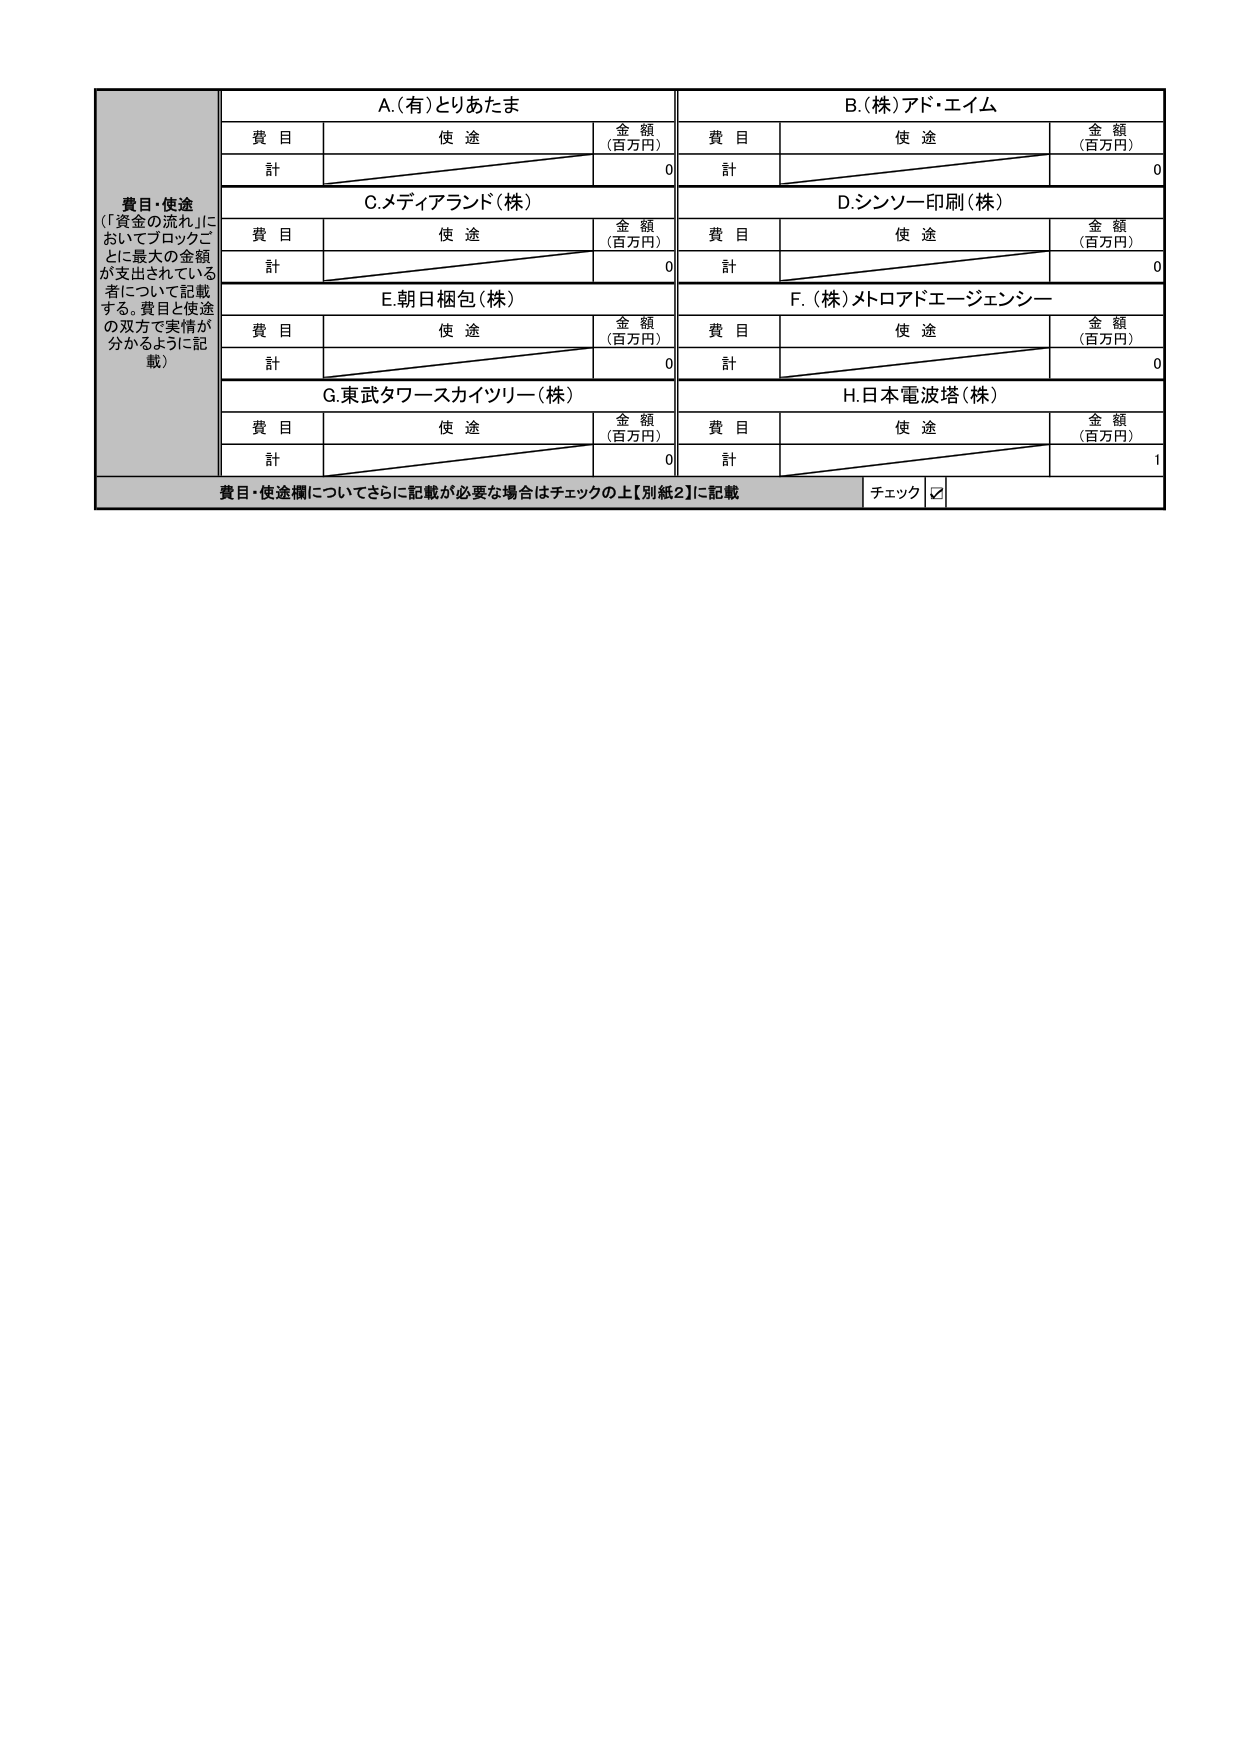
費目・使途
（「資金の流れ」においてブロックごとに最大の金額が支出されている者について記載する。費目と使途の双方で実情が分かるように記載）

A.（有）とりあたま
費目　使途　金額（百万円）
計